Annual administration report of the Civil Veterinary Department, Sind - 1938-1939
Year: 1938
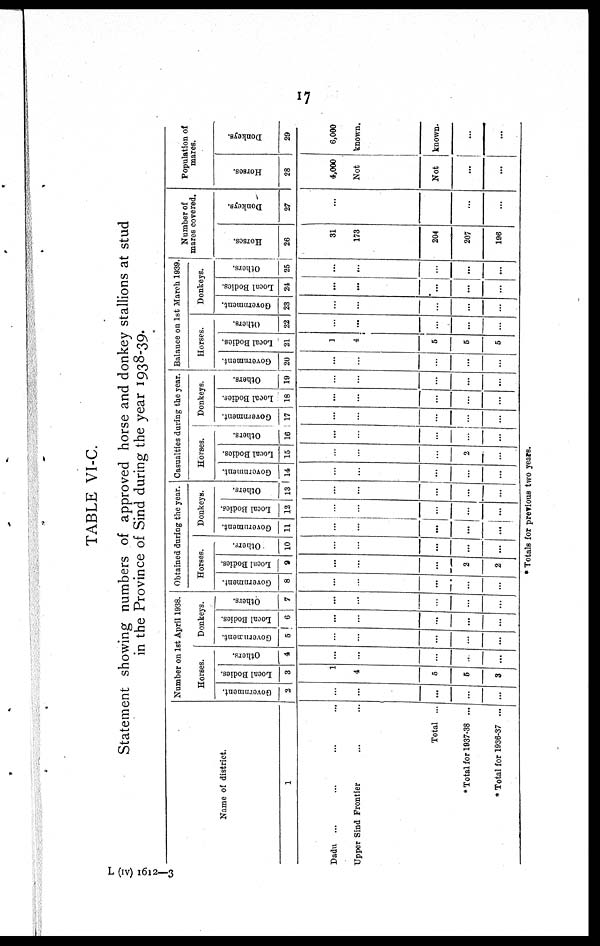
17
TABLE VI-C.
Statement showing numbers of approved horse and donkey stallions at stud
in the Province of Sind during the year 1938-39.
Name of district.
1
Dadu ... ... ... ...
Upper Sind Frontier ... ...
Total ...
* Total for 1937-38 ...
* Total for 1936-37 ...
Number on 1st April 1938.
Horses.
Government.
2
...
...
...
...
...
Local Bodies.
3
1
4
5
5
3
Others.
4
...
...
...
...
...
Donkeys.
Government.
5
...
...
...
...
...
Local Bodies.
6
...
...
...
...
...
Others.
7
...
...
...
...
...
Obtained during the year.
Horses.
Government.
8
...
...
...
...
...
Local Bodies.
9
...
...
...
2
2
Others.
10
...
...
...
...
...
Donkeys.
Government.
11
...
...
...
...
...
Local Bodies.
12
...
...
...
...
...
Others.
13
...
...
...
...
...
Casualties during the year.
Horses.
Government.
14
...
...
...
...
...
Local Bodies.
15
...
...
...
2
...
Others.
16
...
...
...
...
...
Donkeys.
Government.
17
...
...
...
...
...
Local Bodies.
18
...
...
...
...
...
Others.
19
...
...
...
...
...
Balance on 1st March 1939.
Horses.
Government.
20
...
...
...
...
...
Local Bodies.
21
1
4
5
5
5
Others.
22
...
...
...
...
...
Donkeys.
Government.
23
...
...
...
...
...
Local Bodies.
24
...
...
...
...
...
Others.
25
...
...
...
...
...
Number of
mares covered.
Horses.
26
31
173
204
207
196
Donkeys.
27
...
...
...
Population of
mares.
Horses.
28
4,000
Donkeys.
29
6,000
Not
known.
Not
known.
...
...
...
...
* Totals for previous two years.
L (IV) 1612—3